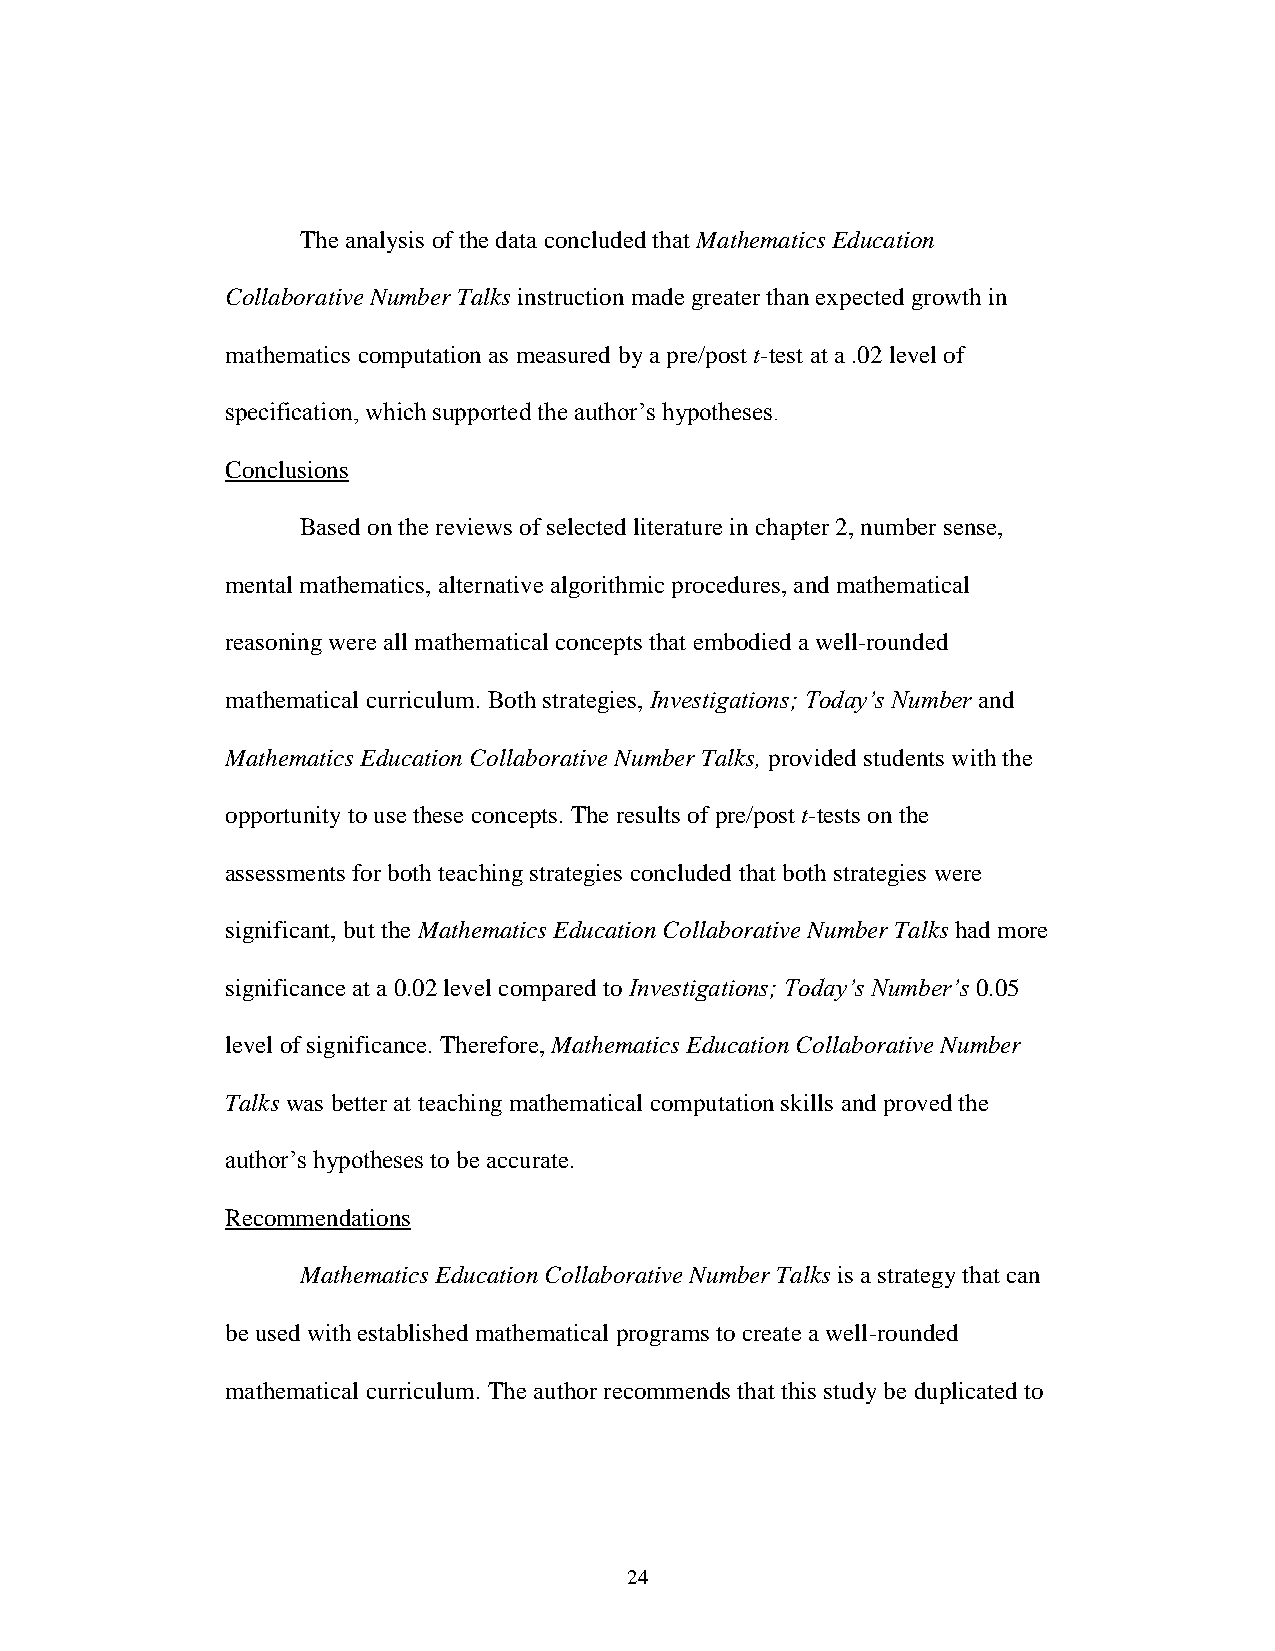
The analysis of the data concluded that Mathematics Education
 Collaborative Number Talks instruction made greater than expected growth in
 mathematics computation as measured by a pre/post t-test at a .02 level of
 specification, which supported the author’s hypotheses.
 Conclusions
 Based on the reviews of selected literature in chapter 2, number sense,
 mental mathematics, alternative algorithmic procedures, and mathematical
 reasoning were all mathematical concepts that embodied a well-rounded
 mathematical curriculum. Both strategies, Investigations; Today’s Number and
 Mathematics Education Collaborative Number Talks, provided students with the
 opportunity to use these concepts. The results of pre/post t-tests on the
 assessments for both teaching strategies concluded that both strategies were
 significant, but the Mathematics Education Collaborative Number Talks had more
 significance at a 0.02 level compared to Investigations; Today’s Number’s 0.05
 level of significance. Therefore, Mathematics Education Collaborative Number
 Talks was better at teaching mathematical computation skills and proved the
 author’s hypotheses to be accurate.
 Recommendations
 Mathematics Education Collaborative Number Talks is a strategy that can
 be used with established mathematical programs to create a well-rounded
 mathematical curriculum. The author recommends that this study be duplicated to
 24